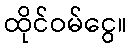
ထိုင်ဝမ်ငွေ။